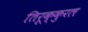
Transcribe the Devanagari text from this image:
तिरूक्कुरल